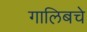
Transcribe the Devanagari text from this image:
गालिबचे